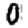
Digit: 0